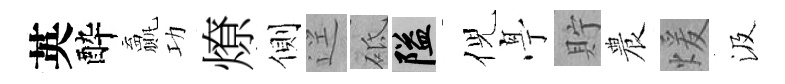
英酔贏功燎側逕砥隘倪𠅘貯農煖汲